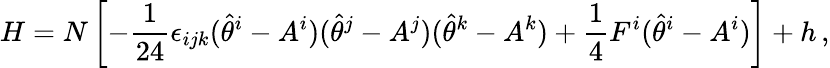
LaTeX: H=N\left[-\frac{1}{24}\epsilon_{ijk}(\hat{\theta}^{i}-A^{i})(\hat{\theta}^{j}-A^{j})(\hat{\theta}^{k}-A^{k})+\frac{1}{4}F^{i}(\hat{\theta}^{i}-A^{i})\right]+h\, ,